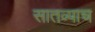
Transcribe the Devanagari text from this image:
सातव्याच